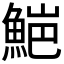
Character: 𮫻